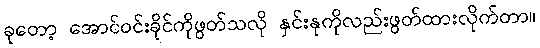
ခုတော့ အောင်ဝင်းခိုင်ကိုဖွတ်သလို နှင်းနုကိုလည်းဖွတ်ထားလိုက်တာ။